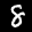
Label: 8